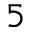
5